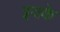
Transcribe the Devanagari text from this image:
इयके